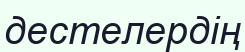
дестелердің